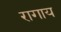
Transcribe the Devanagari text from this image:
रागाय